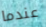
عندما